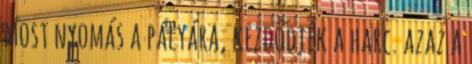
most nyomás a pályára, kezdődjék a harc. azaz a